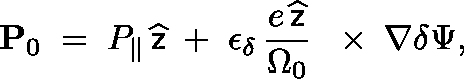
{ \bf P } _ { 0 } \; = \; P _ { \| } \, \widehat { \sf z } \; + \; \epsilon _ { \delta } \, \frac { e \, \widehat { \sf z } } { \Omega _ { 0 } } \, \mathrm { ~ \boldmath ~ \times ~ } \, \nabla \delta \Psi ,